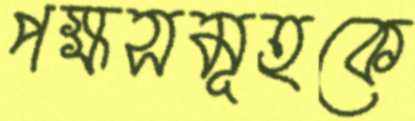
পক্ষসমূহকে